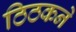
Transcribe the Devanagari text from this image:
ठिठकने